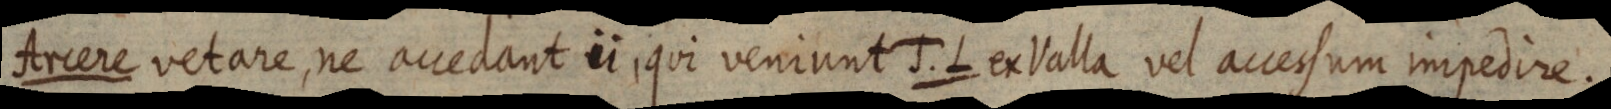
Arcere vetare, ne accedant ii, qui veniunt J. L. ex Valla vel accessum impedire.